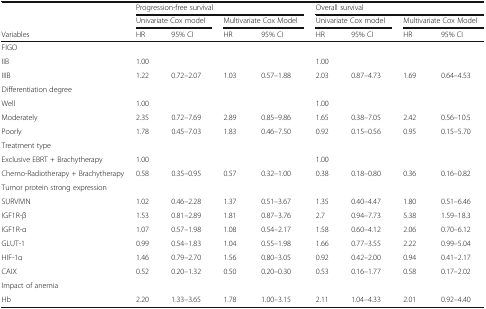
<table><thead><tr><td rowspan="2"></td><td colspan="4"><b>Progression-free survival</b></td><td colspan="4"><b>Overall survival</b></td></tr><tr><td colspan="2"><b>Univariate Cox model</b></td><td colspan="2"><b>Multivariate Cox Model</b></td><td colspan="2"><b>Univariate Cox model</b></td><td colspan="2"><b>Multivariate Cox Model</b></td></tr><tr><td><b>Variables</b></td><td><b>HR</b></td><td><b>95% CI</b></td><td><b>HR</b></td><td><b>95% CI</b></td><td><b>HR</b></td><td><b>95% CI</b></td><td><b>HR</b></td><td><b>95% CI</b></td></tr></thead><tbody><tr><td colspan="9">FIGO</td></tr><tr><td>IIB</td><td>1.00</td><td></td><td></td><td></td><td>1.00</td><td></td><td></td><td></td></tr><tr><td>IIIB</td><td>1.22</td><td>0.72–2.07</td><td>1.03</td><td>0.57–1.88</td><td>2.03</td><td>0.87–4.73</td><td>1.69</td><td>0.64–4.53</td></tr><tr><td colspan="9">Differentiation degree</td></tr><tr><td>Well</td><td>1.00</td><td></td><td></td><td></td><td>1.00</td><td></td><td></td><td></td></tr><tr><td>Moderately</td><td>2.35</td><td>0.72–7.69</td><td>2.89</td><td>0.85–9.86</td><td>1.65</td><td>0.38–7.05</td><td>2.42</td><td>0.56–10.5</td></tr><tr><td>Poorly</td><td>1.78</td><td>0.45–7.03</td><td>1.83</td><td>0.46–7.50</td><td>0.92</td><td>0.15–0.56</td><td>0.95</td><td>0.15–5.70</td></tr><tr><td colspan="9">Treatment type</td></tr><tr><td>Exclusive EBRT + Brachytherapy</td><td>1.00</td><td></td><td></td><td></td><td>1.00</td><td></td><td></td><td></td></tr><tr><td>Chemo-Radiotherapy + Brachytherapy</td><td>0.58</td><td>0.35–0.95</td><td>0.57</td><td>0.32–1.00</td><td>0.38</td><td>0.18–0.80</td><td>0.36</td><td>0.16–0.82</td></tr><tr><td colspan="9">Tumor protein strong expression</td></tr><tr><td>SURVIVIN</td><td>1.02</td><td>0.46–2.28</td><td>1.37</td><td>0.51–3.67</td><td>1.35</td><td>0.40–4.47</td><td>1.80</td><td>0.51–6.46</td></tr><tr><td>IGF1R-β</td><td>1.53</td><td>0.81–2.89</td><td>1.81</td><td>0.87–3.76</td><td>2.7</td><td>0.94–7.73</td><td>5.38</td><td>1.59–18.3</td></tr><tr><td>IGF1R-α</td><td>1.07</td><td>0.57–1.98</td><td>1.08</td><td>0.54–2.17</td><td>1.58</td><td>0.60–4.12</td><td>2.06</td><td>0.70–6.12</td></tr><tr><td>GLUT-1</td><td>0.99</td><td>0.54–1.83</td><td>1.04</td><td>0.55–1.98</td><td>1.66</td><td>0.77–3.55</td><td>2.22</td><td>0.99–5.04</td></tr><tr><td>HIF-1α</td><td>1.46</td><td>0.79–2.70</td><td>1.56</td><td>0.80–3.05</td><td>0.92</td><td>0.42–2.00</td><td>0.94</td><td>0.41–2.17</td></tr><tr><td>CAIX</td><td>0.52</td><td>0.20–1.32</td><td>0.50</td><td>0.20–0.30</td><td>0.53</td><td>0.16–1.77</td><td>0.58</td><td>0.17–2.02</td></tr><tr><td colspan="9">Impact of anemia</td></tr><tr><td>Hb</td><td>2.20</td><td>1.33–3.65</td><td>1.78</td><td>1.00–3.15</td><td>2.11</td><td>1.04–4.33</td><td>2.01</td><td>0.92–4.40</td></tr></tbody></table>